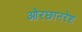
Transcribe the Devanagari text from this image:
ओरछानरेश